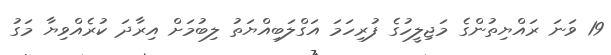
19 ވަނަ ރައްޔިތުންގެ މަޖިލީހުގެ ފުރިހަމަ އަގްލަބިއްޔަތު ލިބުމަށް އިރާދަ ކުރެއްވިޔާ މަގު